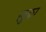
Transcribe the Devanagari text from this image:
स्टुका